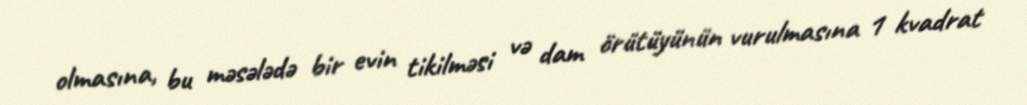
olmasına, bu məsələdə bir evin tikilməsi və dam örütüyünün vurulmasına 1 kvadrat